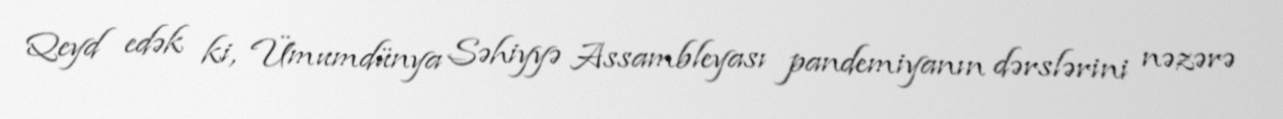
Qeyd edək ki, Ümumdünya Səhiyyə Assambleyası pandemiyanın dərslərini nəzərə